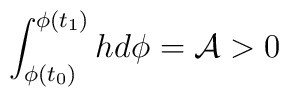
\int_{\phi(t_0)}^{\phi(t_1)} h d\phi = {\cal A} >0